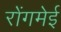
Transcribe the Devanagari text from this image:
रोंगमेई